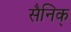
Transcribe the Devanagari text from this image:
सैनिक्